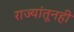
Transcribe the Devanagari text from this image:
राज्यांतूनही